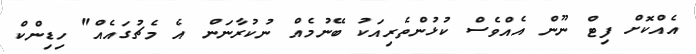
އެއްކޮށް ފިޓް ނޫން އެއްވެސް ކުޅުންތެރިއަކު ބޭނުމެއް ނުކުރާނަން އެ މެޗުގައެއް" ހިޑިންކް